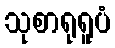
သုစာရုရူပံ